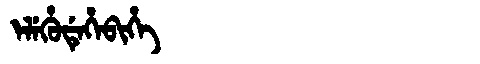
Manchu: ᡝᠯᡝᡥᡠᡩᡝᡥᡝᠪᡳᡥᡝ
Romanization: ELEHUDEHEBIHE